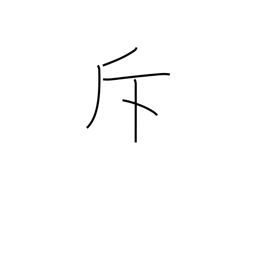
Meaning: recede